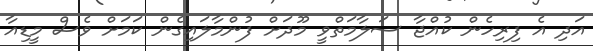
އަދި އެ ފިރިހެން ކުއްޖާ ސަލާމަތްވީ މޫދަށް ފުންމާލައިގެން ކަމަށް ވެސް މީޑިއާ